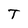
Character: T